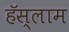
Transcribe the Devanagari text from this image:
हॅस्लाम